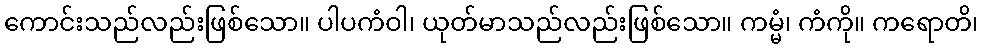
ကောင်းသည်လည်းဖြစ်သော။ ပါပကံဝါ၊ ယုတ်မာသည်လည်းဖြစ်သော။ ကမ္မံ၊ ကံကို။ ကရောတိ၊